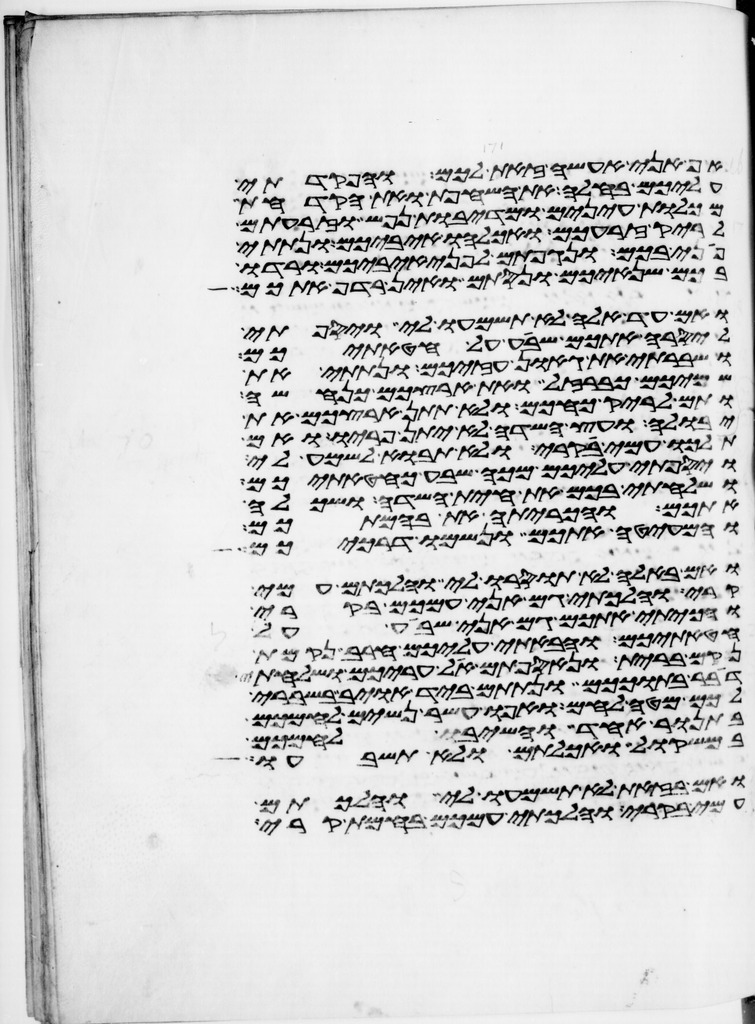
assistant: אף אני אעשה זאת לכם והפקדתי
עליכם בחלה את השחפת ואת הקדחת
מכלות עינים ומדיבת נפש וזרעתם
לריק זרעכם ואכלהו איביכם ונתתי
פני בכם ונגפתם לפני איביכם ורדו
בכם שנאיכם ונסתם ואין רדף אתכם
ואם עד אלה לא תשמעו לי ויספתי
ליסרה אתכם שבע על חטאתיכם
ושברתי את גאון עזכם ונתתי את
שמיכם כברזל ואת ארצכם כנחשה
ותם לריק כחכם ולא תתן ארצכם את
יבולה ועץ השדה לא יתן פריו ואם
תלכו עמי קרי ולא תבאו לשמע לי
ויספתי עליכם מכה שבע כחטאתיכם
ושלחתי בכם את חית השדה ושכלה
אתכם והכריתה את בהמתכם
והמעיטה אתכם ונשמו דרככם
ואם באלה לא תוסרו לי והלכתם עמי
קרי והלכתי גם אני עמכם בקרי
והכיתי אתכם גם אני שבע על
חטאתיכם והבאתי עליכם חרב נקמת
נקם ברית ונאספתם אל עריכם ושלחתי
דבר בתוככם ונתתם ביד אויב בשברי
לכם מטה לחם ואפו עשר נשים לחמכם
בתנור אחד והשיב לחמכם
במשקול ואכלתם ולא תשבעו
ואם בזאת לא תשמעו לי והלכתם
עמי קרי והלכתי עמכם בחמת קרי